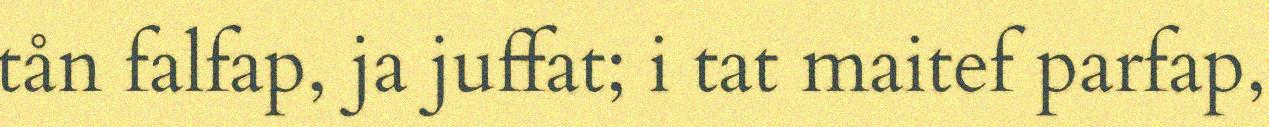
tån falfap, ja juffat; i tat maitef parfap,